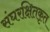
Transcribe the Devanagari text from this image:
संघरक्षितकृत